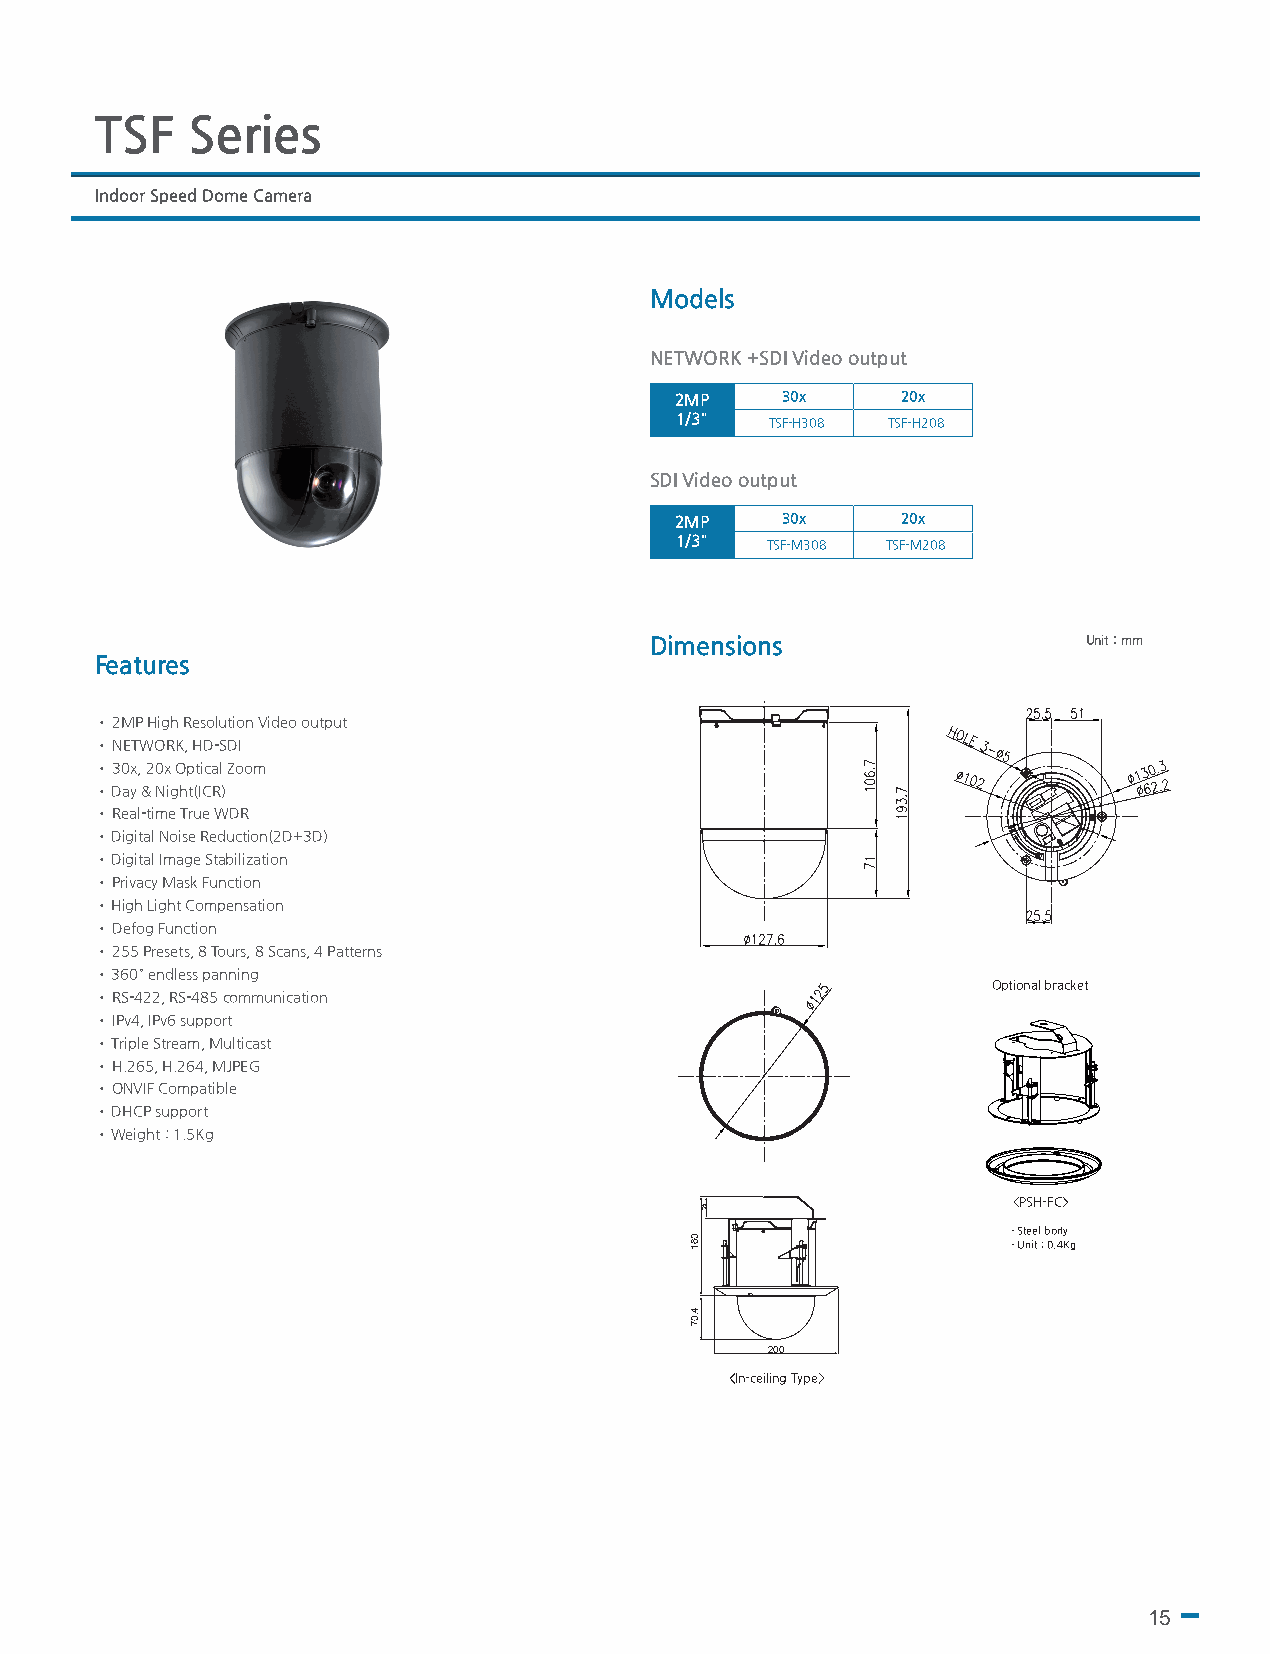
TSF   Series
 Indoor Speed Dome Camera
 Models
 NETWORK +SDI Video output
 2MP    30x     20x
 1/3"  TSF-H308 TSF-H208
 SDI Video output
 2MP    30x     20x
 1/3"  TSF-M308 TSF-M208
 Dimensions                   Unit : mm
 Features
 • 2MP High Resolution Video output
 • NETWORK, HD-SDI
 • 30x, 20x Optical Zoom
 • Day & Night(ICR)
 • Real-time True WDR
 • Digital Noise Reduction(2D+3D)
 • Digital Image Stabilization
 • Privacy Mask Function
 • High Light Compensation
 • Defog Function
 • 255 Presets, 8 Tours, 8 Scans, 4 Patterns
 • 360° endless panning
 Optional bracket
 • RS-422, RS-485 communication
 • IPv4, IPv6 support
 • Triple Stream, Multicast
 • H.265, H.264, MJPEG
 • ONVIF Compatible
 • DHCP support
 • Weight : 1.5Kg
 <PSH-FC>
 - Steel body
 - Unit : 0.4Kg
 200
 <In-<c매eil립in형g T>ype>
 15
 061
 4.07
 53